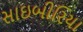
સાઇબીરિયા